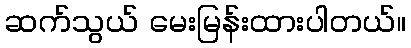
ဆက်သွယ် မေးမြန်းထားပါတယ်။